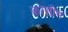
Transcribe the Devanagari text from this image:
कासीग